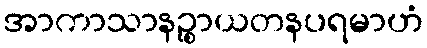
အာကာသာနဉ္စာယတနပရမာဟံ